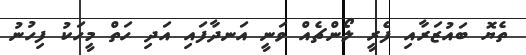
ތެޔޮ ބައުޒަރާއި ފެރީ ލޯންޗެއް ވަނީ އަނދާފައި އަދި ހަތް މީހަކު ފިހުނު